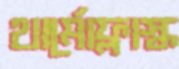
থার্মোফ্লাস্ক